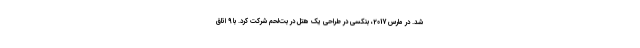
شد. در مارس 2017، بنکسی در طراحی یک هتل در بت‌لحم شرکت کرد. با 9 اتاق